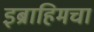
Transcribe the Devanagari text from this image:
इब्राहिमचा